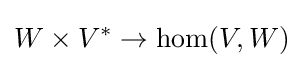
W\times V^{*}\to \hom(V,W)